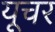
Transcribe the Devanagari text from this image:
यूचर